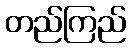
တည်ကြည်